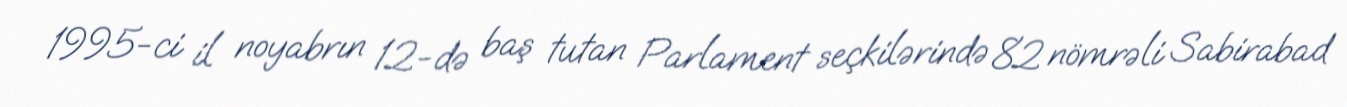
1995-ci il noyabrın 12-də baş tutan Parlament seçkilərində 82 nömrəli Sabirabad